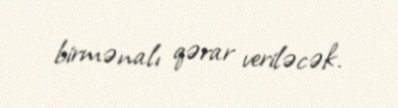
birmənalı qərar veriləcək.